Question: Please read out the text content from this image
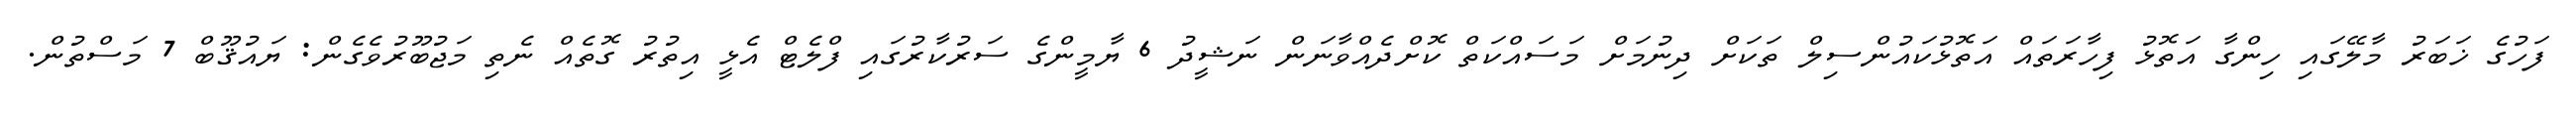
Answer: ފަހުގެ ޚަބަރު މާލޭގައި ހިންގާ އަތޮޅު ފިހާރަތައް އަތޮޅުކައުންސިލް ތަކަށް ދިނުމަށް މަސައްކަތް ކޮށްދެއްވާނަން ނަޝީދު 6 ޔާމީންގެ ސަރުކާރުގައި ފްލެޓް އެޅީ އިތުރު ގޮތެއް ނެތި މަޖުބޫރުވެގެން: ޔައުޤޫބް 7 މަސްތުން.